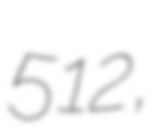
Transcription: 512,